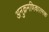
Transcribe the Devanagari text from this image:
अनुक्रमणिकात्मक